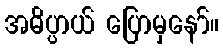
အဓိပ္ပာယ် ပြောမှနော်။